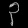
Digit: ၃